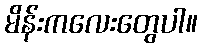
မိန်းကလေးတွေပါ။